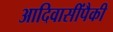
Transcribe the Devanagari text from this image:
आदिवासींपैकी